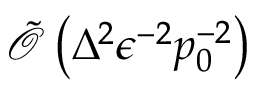
\tilde { \mathcal { O } } \left( \Delta ^ { 2 } \epsilon ^ { - 2 } p _ { 0 } ^ { - 2 } \right)